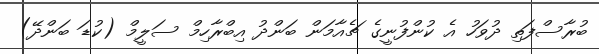
ބުރާސްފަތި ދުވަހު އެ ކުންފުނީގެ ޗެއާމަން ބަންދު އިބްރާހިމް ސަލީމް (ކުޑަ ބަންދޭ)